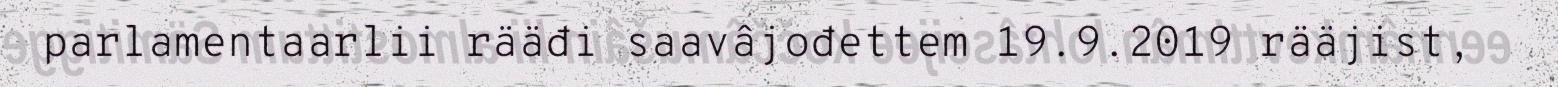
parlamentaarlii rääđi saavâjođettem 19.9.2019 rääjist,